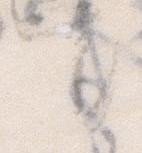
て